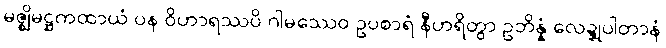
မဇ္ဈိမဋ္ဌကထာယံ ပန ဝိဟာရဿပိ ဂါမဿေဝ ဥပစာရံ နီဟရိတွာ ဥဘိန္နံ လေဍ္ဍုပါတာနံ